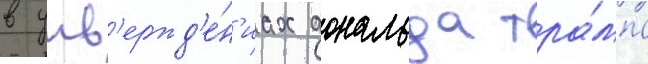
в утв'ержд'е́н'иах дональда тра́мпа